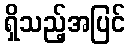
ရှိသည့်အပြင်